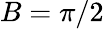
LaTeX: B=\pi/2